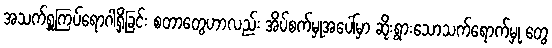
အသက်ရှူကြပ်ရောဂါရှိခြင်း စတာတွေဟာလည်း အိပ်စက်မှုအပေါ်မှာ ဆိုးရွားသောသက်ရောက်မှု တွေ